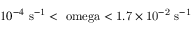
1 0 ^ { - 4 } ~ \mathrm { { s ^ { - 1 } } < \ o m e g a < 1 . 7 \times 1 0 ^ { - 2 } ~ \mathrm { { s ^ { - 1 } } } }